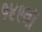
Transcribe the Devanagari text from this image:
१४९वॉ